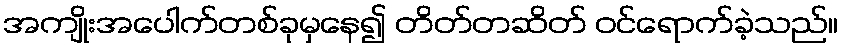
အကျိုးအပေါက်တစ်ခုမှနေ၍ တိတ်တဆိတ် ဝင်ရောက်ခဲ့သည်။